Scottish Certificate of Education, 1962
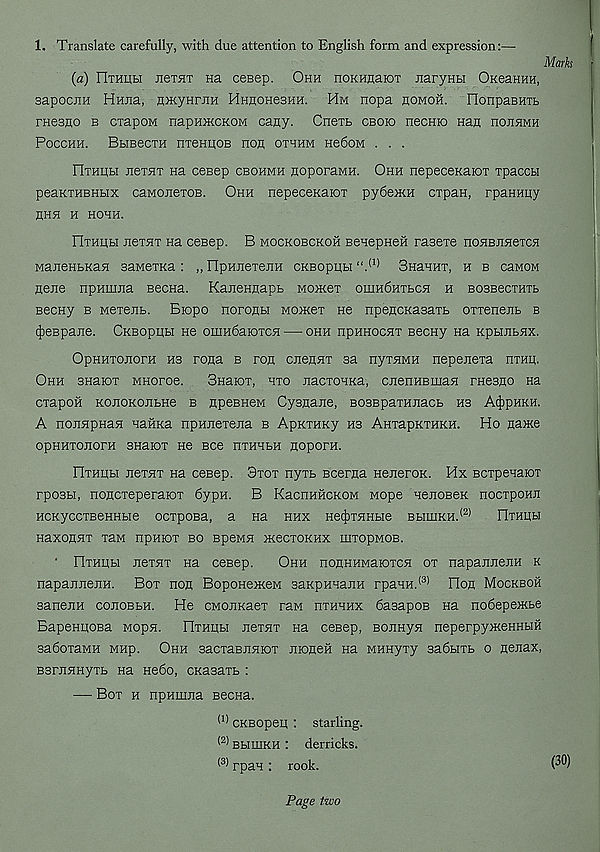
1. Translate carefully, with due attention to English form and expression:—
Marks
(a) Hthuh JieTHT Ha ceeep. Ohh noKHnaioT Jiarynbi OKeaHHH,
sapocHH Hniia, nHtyHrnH HnnoHesHH. Hm nopa homoh. FIonpaBHib
rnesno b cxapoM napHHtcKOM cagy. CneTb cboio necHro nan hojihmh
Pocchh. BbieecTH nTenpoB non othhm He6oM . . .
OTHitbi neTHT na cesep cbohmh noporaMH. Ohh nepeceKaioT Tpaccu
peaKTHBHbix caMOJieTOB. Ohh nepeceKaioT py6e>KH cxpan, rpaHHity
HHH H HOHH.
llTHHbi JteTHT na cesep. B mockobckoh BenepneH rasexe noHBJiHexca
ManeHbKan saMexKa : „ FIpHiiexejiH CKsopubi “. (1) Bnaanx, h b caMOM
tiejie npHmna Becna. KatieHnapb Moxtex omH6HXbCH h BOBBecxnxb
BecHy b Mexejib. Biopo norotibi Momex He npencKasaxb oxxenenb b
(JieBpane. CKBopubi He omH6aioxcH — ohh hphhochx BecHy na KpbiubHX.
OpHHxojiorn hb rofla b ron cjiennx sa nyxHMH nepenexa hxhk.
Ohh BHaiox MHoroe.
Shhiox, hxo jiacxoHKa, citenHBmaH rnesno na
cxapoH KOHOKOJibHe b npeBHeM Cysaane, B03BpaxHnacb hs A^phkh.
A nojinpHan Hanna npHJiexeiia b ApnxHKy H3 AnxapKXHKH. Ho name
opHHxonorH snaiox He Bee nxHHbH noporn.
IlxHHbi jiexHX Ha cesep. 3xox nyxb Bcerna HejieroK. Hx BcxpenaioT
rposbi, noncxeperaiox 6ypH. B KacnHHOKOM wope neiiOBeK nocxpoHJi
HOKyccxBeHHbie ocxpoBa, a na hhx Hec^xHHbie BbimKH. (2)
IIxHHbi
Haxonnx xaM npHiox bo Bpewn xtecxoKHx mxopMOB.
■ HxHHbi HexHX Ha ceBep.
Ohh nonHHMaioxcH ox napaitnejiH k
napajHienH. Box non BopoHemeM sanpHnaiiH rpaHH. (3) Flon Mockboh
aaneiiH cojiobbh. He CMonKaex raM hxhhhx SasapoB Ha no6epe>Kbe
BapeHUOBa Mopn. Hxhhh jicxhx Ha ceBep, BOJinyH neperpyxteHHbm
3a6oxaMH MHp. Ohh saoxaBUHiox nioneH na MHHyxy 3a6bixb o nenax,
BsriiHHyxb Ha He6o, cKasaxb :
— Box h npHmna Becna.
(1) CKBOpeu : starling.
^ BbiiHKH : derricks.
(3) rpan : rook.
Page two